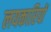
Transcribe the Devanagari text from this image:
लयकारियों